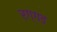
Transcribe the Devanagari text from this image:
रग्गड